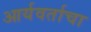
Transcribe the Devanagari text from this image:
आर्यवर्ताचा